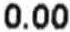
0.00